King Institute of Preventive Medicine Micro-Biological Section reports 1912-19
Year: 1912
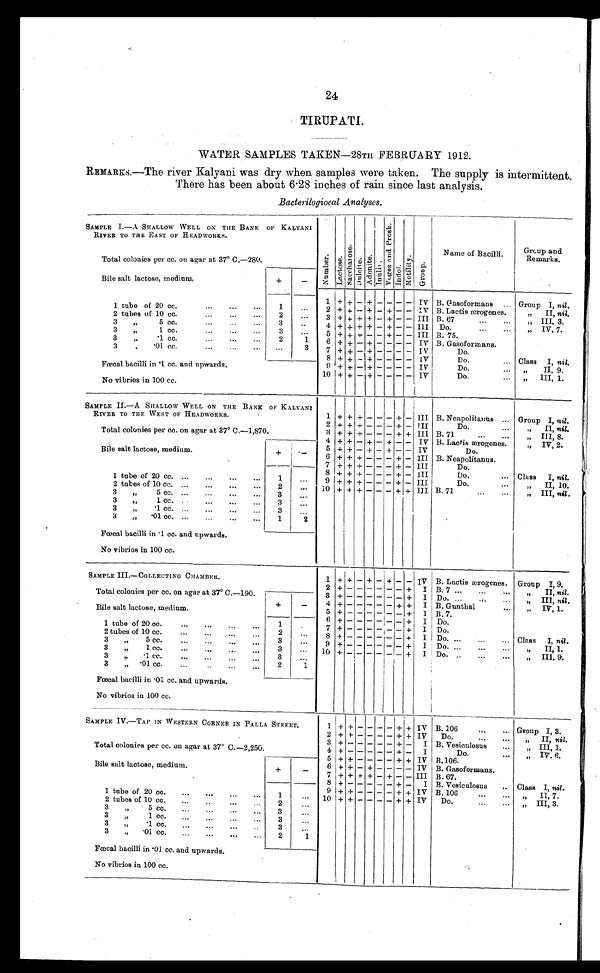
24
TIRUPATI.
WATER SAMPLES TAKEN-28TH FEBRUARY 1912.
REMARKS.—The river Kalyani was dry when samples were taken. The supply is intermittent.
There has been about 6.28 inches of rain since last analysis.
Bacterilogiocal Analyses.
SAMPLE I.—A SHALLOW WELL ON THE BANK OF KALYANI
RIVER TO THE EAST OF HEADWORKS.
N u m b e r .
L a c t o s e .
S a c c h a r o s e .
D u l c i t e . A d o n i t e .
I n u l i n .
V o g e s a n d P r o s k .
I n d o l . M o t i l i t y .
G r o u p .
Name of Bacilli.
Group an
d Remarks .
Total colonies per cc. on agar at 37° C.—280.
Bile salt lactose, medium.
+
-
1 tube of 20 cc. . . .
1
. . .
1 + +
- +
- - - - IV B. Gasoformans . . .
Group I, nil .
2 + + - + - + - - IV B. Lactis ærogenes.
" II, nil.
2 tubes of 10 cc. . . .
2
. . .
3 + + + + - + - - III B. 67 . . .
" III, 3.
3 " 5 cc. . . .
3
. . .
4 + + + + - + - - III D o . . . .
" I V .
3
3 " 1 cc. . . .
. . .
5 + + + - - + - - III B. 75. . . .
2
3 " .1 cc. . . .
1
6 + + - + - - - - IV B. Gasoformans.
3 " .01 cc. . . .
. . .
3
7 + + - + - - - - IV
Do. . . .
8 + + - + - - - - IV
Do. . . .
Class I, nil.
Fœcal bacilli in .1 cc. and upwards.
9 + + - + - - - - IV
Do. . . .
" I I , 9 .
10 + + - + - - - -
I V
Do. . . .
" I I I , 1 .
No vibrios in 100 cc.
SAMPLE II.—A SHALLOW WELL ON THE BANK OF KALYANI
RIVER TO THE WEST OF HEADWORKS.
1 + + + - - - + - III B. Neapolitanus . . .
Group I, nil.
Total colonies per cc. on agar at 37° C.—1,870.
2 + + + - - - + - III
Do. . . .
" II, nil.
3 + + + - - - + + III
B. 71 . . .
" III, 8.
4
+ + - + - + - - IV B. Lactis ærogenes.
" IV, 2.
Bile salt lactose, medium.
+
-
5 + + - + - + - - IV
Do.
. . .
6 + + + - - - + - III B. Neapolitanus.
7 + + + - - - + - III
Do. . . .
1 tube of 20 cc. . . .
1
. . . 8 + + + - - - + - III
Do. . . .
Class I, nil.
9 + + + - - - + - III
Do. . . .
" II, 10.
2 tubes of 10 cc. . . .
2
. . .
10 + + + - - - + + III B. 71 . . .
" III, nil .
3 "
5 cc. . . .
3
. . .
3 " 1 cc. . . .
3
. . .
3 " . 1 c c . . . .
3
. . .
3 " .01 cc. . . .
1
2
Fœcal bacilli in .1 cc. and upwards.
No vibrios in 100 cc.
SAMPLE III.—COLLECTING CHAMBER.
1 + + - +
-
+ - - IV B. Lactis ærogenes. Group I, 9.
Total colonies per cc. on agar at 37° C.—190.
2 + - - -
-- - +
I B. 7 . . .
" II, nil.
3 + - - - - - - +
I Do. . . .
" III, nil.
Bile salt lactose, medium.
+
- 4 + - - - - - + +
I B. Gunthal . . .
" I V , 1 .
5 + - - - - - - +
1 B. 7.
1 tube of 20 cc. . . .
1
. . .
6 + - - - - - - +
I Do.
7 + - - - - - - +
I Do.
2
2 tubes of 10 cc. . . .
. . .
8 + - - -
-- - +
I Do. . . .
Class I, nil.
3
3 " 5 c c . . . .
. . . 9 + - - - - - - +
I Do. . . .
" I I , 1 .
3
3 " 1 cc. . . .
. . . 10 + - - - - - - +
I Do. . . .
" III, 9.
3
3 " .1 cc. . . .
. . .
2
1
3 " .01 cc. . . .
Fœcal bacilli in .01 cc. and upwards.
No vibrios in 100 cc.
SAMPLE IV.—TAP IN WESTERN CORNER IN PALLA STREET.
1 +
+
- -
- - + + IV B. 106 . . .
Group I, 3.
Total colonies per cc. on agar at 37° C.—2,250.
2 + +
- -
- - + + IV
Do. . . .
" II, nil.
3
+ -
- - - - + -
I B. Vesiculosus . . .
" I I I , 1 .
4
+ -
- - - - + -
I
Do. . . .
" I V . 6 .
Bile salt lactose, medium.
+
-
5
+ +
- - - -
+ + IV B.106. . . .
6 + +
- + - - - - IV B. Gasoformans.
7 + +
+ + - +
- - III B. 67.
8
+ -
- - - - + -
I B. Vesiculosus . . .
Class I, nil.
1 tube of 20 cc. . . .
1
. . .
9 + +
- - - - + + IV B. 106 . . .
" II, 7.
10 + +
- - - - + + IV
D o . . .
" I I I , 3 .
2 tubes of 10 cc. . . .
2
. . .
3 " 5 cc. . . .
3
. . .
3 " 1 cc. . . .
3
. . .
3 " .1 cc. . . .
3
. . .
3 " .01 cc. . . .
2
1
Fœcal bacilli in .01 cc. and upwards.
No vibrios in 100 cc.